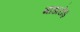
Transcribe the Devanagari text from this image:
मांडारोड़